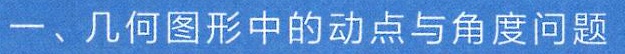
一、几何图形中的动点与角度问题